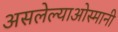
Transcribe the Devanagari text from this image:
असलेल्याओस्मानी